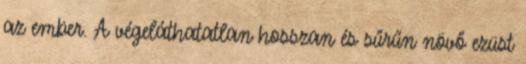
az ember. A végeláthatatlan hosszan és sűrűn növő ezüst